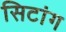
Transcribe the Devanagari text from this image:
सिटांग